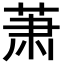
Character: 萧